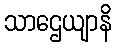
သာဌေယျာနိ